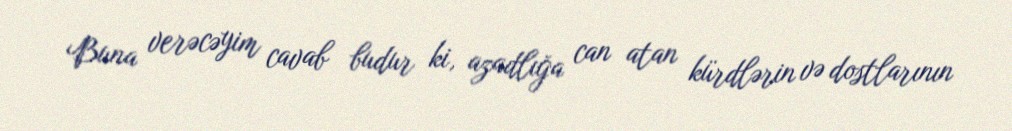
Buna verəcəyim cavab budur ki, azadlığa can atan kürdlərin və dostlarının